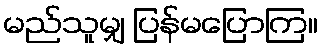
မည်သူမျှ ပြန်မပြောကြ။